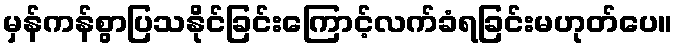
မှန်ကန်စွာပြသနိုင်ခြင်းကြောင့်လက်ခံရခြင်းမဟုတ်ပေ။